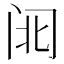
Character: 𮤱